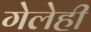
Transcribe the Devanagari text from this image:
गेलेही